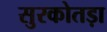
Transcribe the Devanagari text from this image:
सुरकोतड़ा